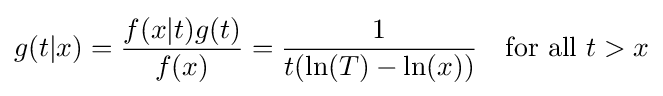
g(t|x)={\frac {f(x|t)g(t)}{f(x)}}={\frac {1}{t(\ln(T)-\ln(x))}}\quad {\text{for all }}t>x